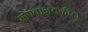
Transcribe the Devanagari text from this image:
मोण्वाजवळील